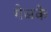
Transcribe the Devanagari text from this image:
गेजके